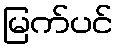
မြက်ပင်